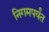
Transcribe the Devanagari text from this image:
निगमपर्यंत